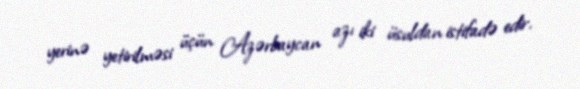
yerinə yetirilməsi üçün Azərbaycan azı iki üsuldan istifadə edir.